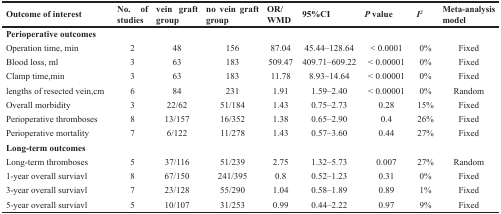
<table><thead><tr><td><b>Outcome of interest</b></td><td><b>No. of studies</b></td><td><b>vein graft group</b></td><td><b>no vein graft group</b></td><td><b>OR/WMD</b></td><td><b>95%CI</b></td><td><b><i>P</i> value</b></td><td><b><i>I<sup>2</sup></i></b></td><td><b>Meta-analysis model</b></td></tr></thead><tbody><tr><td><b>Perioperative outcomes</b></td><td></td><td></td><td></td><td></td><td></td><td></td><td></td><td></td></tr><tr><td>Operation time, min</td><td>2</td><td>48</td><td>156</td><td>87.04</td><td>45.44–128.64</td><td>&lt; 0.0001</td><td>0%</td><td>Fixed</td></tr><tr><td>Blood loss, ml</td><td>3</td><td>63</td><td>183</td><td>509.47</td><td>409.71–609.22</td><td>&lt; 0.00001</td><td>0%</td><td>Fixed</td></tr><tr><td>Clamp time,min</td><td>3</td><td>63</td><td>183</td><td>11.78</td><td>8.93–14.64</td><td>&lt; 0.00001</td><td>0%</td><td>Fixed</td></tr><tr><td>lengths of resected vein,cm</td><td>6</td><td>84</td><td>231</td><td>1.91</td><td>1.59–2.40</td><td>&lt; 0.00001</td><td>0%</td><td>Random</td></tr><tr><td>Overall morbidity</td><td>3</td><td>22/62</td><td>51/184</td><td>1.43</td><td>0.75–2.73</td><td>0.28</td><td>15%</td><td>Fixed</td></tr><tr><td>Perioperative thromboses</td><td>8</td><td>13/157</td><td>16/352</td><td>1.38</td><td>0.65–2.90</td><td>0.4</td><td>26%</td><td>Fixed</td></tr><tr><td>Perioperative mortality</td><td>7</td><td>6/122</td><td>11/278</td><td>1.43</td><td>0.57–3.60</td><td>0.44</td><td>27%</td><td>Fixed</td></tr><tr><td><b>Long-term outcomes</b></td><td></td><td></td><td></td><td></td><td></td><td></td><td></td><td></td></tr><tr><td>Long-term thromboses</td><td>5</td><td>37/116</td><td>51/239</td><td>2.75</td><td>1.32–5.73</td><td>0.007</td><td>27%</td><td>Random</td></tr><tr><td>1-year overall surviavl</td><td>8</td><td>67/150</td><td>241/395</td><td>0.8</td><td>0.52–1.23</td><td>0.31</td><td>0%</td><td>Fixed</td></tr><tr><td>3-year overall surviavl</td><td>7</td><td>23/128</td><td>55/290</td><td>1.04</td><td>0.58–1.89</td><td>0.89</td><td>1%</td><td>Fixed</td></tr><tr><td>5-year overall surviavl</td><td>5</td><td>10/107</td><td>31/253</td><td>0.99</td><td>0.44–2.22</td><td>0.97</td><td>9%</td><td>Fixed</td></tr></tbody></table>